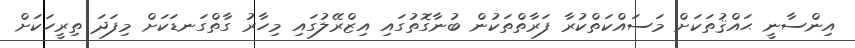
އިންސާނީ ޙައްޤުތަކަށް މަސައްކަތްކުރާ ފަރާތްތަކުން ބުނާގޮތުގައި އިޒްރޭލުގައި މިހާރު ގާތްގަނޑަކަށް މިފަދަ ތިރީހަކަށް